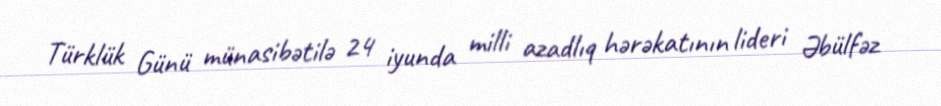
Türklük Günü münasibətilə 24 iyunda milli azadlıq hərəkatının lideri Əbülfəz